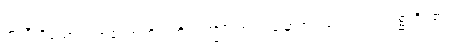
အသီးရှိသော။ သာခံ၊ အကိုင်းကို။ ဥက္ခိပိတွာဝါ၊ မြှောက်၍သော်၎င်း။ ဂစ္ဆတိ၊ ၏။